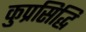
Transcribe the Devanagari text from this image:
कुप्रसिद्धि